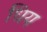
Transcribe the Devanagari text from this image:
धिय